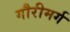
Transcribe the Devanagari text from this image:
गौरीमर्ग